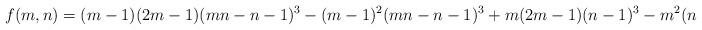
LaTeX: \begin{align*}f(m, n) = (m-1)(2m - 1)(mn-n-1)^3 - (m - 1)^2(mn-n-1)^3 + m(2m - 1)(n - 1)^3 - m^2(n-1)^2\end{align*}